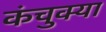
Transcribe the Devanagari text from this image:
कंचुक्या